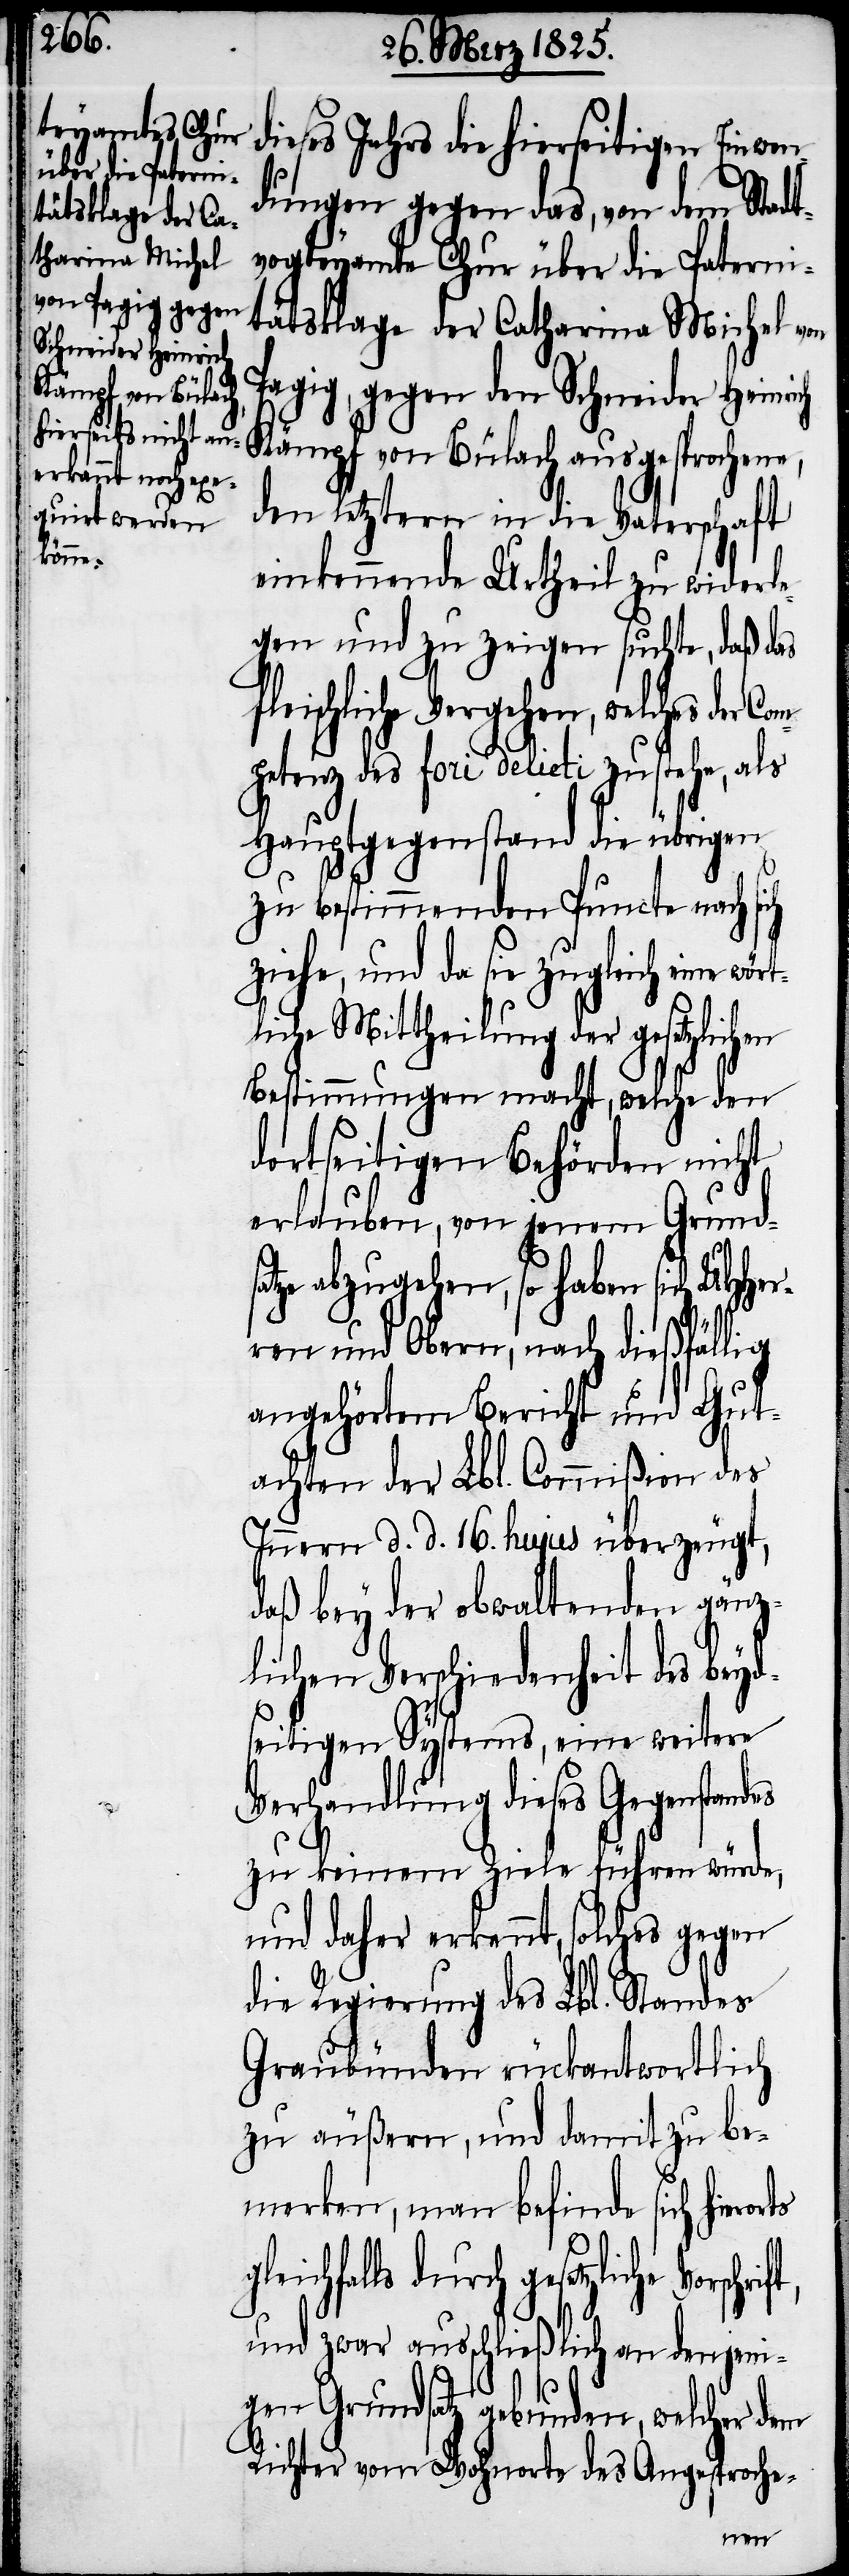
dieses Jahrs die hierseitigen Einwen¬
dungen gegen das, von dem Stadt¬
vogteyamte Chur über die Paterni¬
tätsklage der Catharina Michel von
Pagig, gegen den Schneider Heinrich
Kämpf von Bülach ausgesprochene,
den letztern in die Vaterschaft
einkennende Urtheil zu widerle¬
gen und zu zeigen suchte, daß das
ischliche Vergehen, welches der
petenz des fori delicti zustehe, als
Hauptgegenstand die übrigen
zu bestimmenden Puncte nach
ziehe, und da sie zugleich eine wör¬
tliche Mittheilung der gesetzlich¬
Bestimmungen macht, welche den
dortseitigen Behörden nicht
erlauben, von jenem Grunds¬
atze abzugehen, so haben sich U¬
ren und Obern, nach dießfällig
angehörtem Bericht und Gut¬
achten der Lbl. Commißion des
Innern d. d. 16. hujus überzeugt,
daß bey der obwaltenden gänz¬
lichen Verschiedenheit des beyd¬
seitigen Systems, eine weitere
Verhandlung dieses Gegenstandes
zu keinem Ziele führen würde,
und daher erkennt, solches gegen
die Regierung des Lbl. Standes
Graubünden rückantwortlich
zu äußern, und damit zu be¬
merken, man befinde sich hieror¬
ichfalls durch gesetzliche
und zwar ausschließlich an denjeni¬
gen Grundsatz gebunden, welcher dem
Richter vom Wohnorte des Angesproche-
ts gle¬